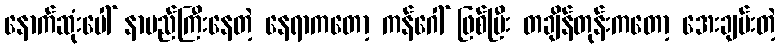
နောက်ဆုံးပေါ် နာမည်ကြီးနေတဲ့ နေရာကတော့ ကန်ဂေါ် ဖြစ်ပြီး တချိန်တုန်းကတော့ အေးချမ်းတဲ့